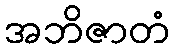
အဘိဇာတံ